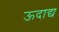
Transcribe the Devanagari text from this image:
ऊदाद्य